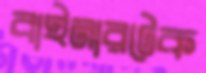
বাইনারটেক